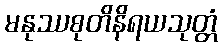
မနုဿစုတိနိရယသုတ္တံ